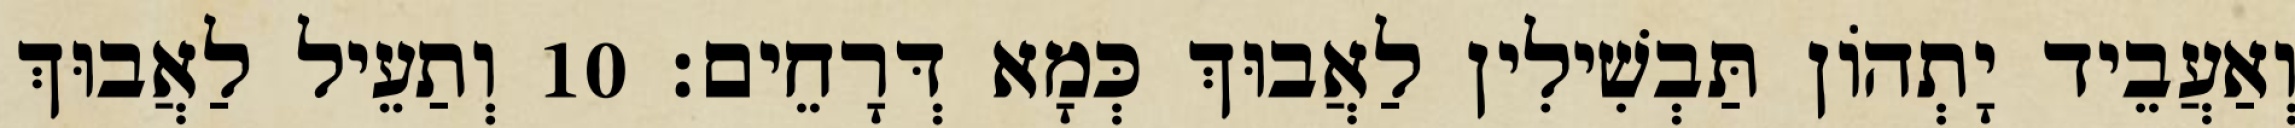
וְאַעֲבֵיד יָתְהוֹן תַּבְשִׁילִין לַאֲבוּךְ כְּמָא דְּרָחֵים׃ 10 וְתַעֵיל לַאֲבוּךְ